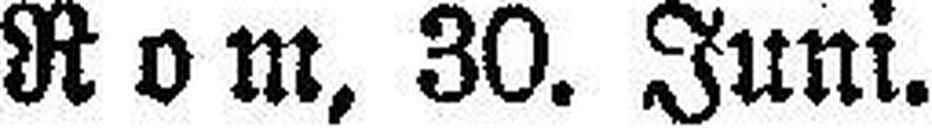
Rom, 30. Juni.